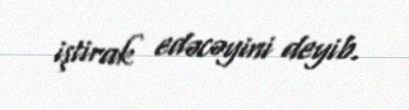
iştirak edəcəyini deyib.